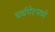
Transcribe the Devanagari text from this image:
चर्चगेटमध्ये